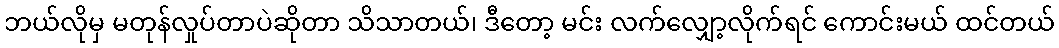
ဘယ်လိုမှ မတုန်လှုပ်တာပဲဆိုတာ သိသာတယ်၊ ဒီတော့ မင်း လက်လျှော့လိုက်ရင် ကောင်းမယ် ထင်တယ်